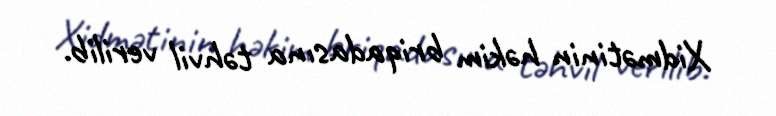
Xidmətinin həkim briqadasına təhvil verilib.